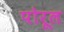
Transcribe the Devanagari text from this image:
पोरूल